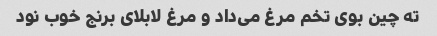
ته چین بوی تخم مرغ می‌داد و مرغ لابلای برنج خوب نود